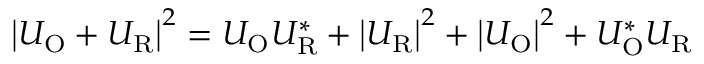
\left| U _ { \mathrm { O } } + U _ { \mathrm { R } } \right| ^ { 2 } = U _ { \mathrm { O } } U _ { \mathrm { R } } ^ { * } + \left| U _ { \mathrm { R } } \right| ^ { 2 } + \left| U _ { \mathrm { O } } \right| ^ { 2 } + U _ { \mathrm { O } } ^ { * } U _ { \mathrm { R } }